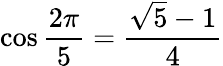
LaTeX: \cos{\frac{2\pi}{5}}={\frac{{\sqrt{5}}-1}{4}}